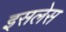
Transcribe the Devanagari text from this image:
इसलेस